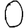
Digit: 0